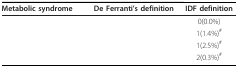
<table><thead><tr><td><b>Metabolic syndrome</b></td><td><b>De Ferranti's definition</b></td><td><b>IDF definition</b></td></tr></thead><tbody><tr><td>[EMPTY_CELL]</td><td>[EMPTY_CELL]</td><td>0(0.0%)</td></tr><tr><td>[EMPTY_CELL]</td><td>[EMPTY_CELL]</td><td>1(1.4%)<sup>#</sup></td></tr><tr><td>[EMPTY_CELL]</td><td>[EMPTY_CELL]</td><td>1(2.5%)<sup>#</sup></td></tr><tr><td>[EMPTY_CELL]</td><td>[EMPTY_CELL]</td><td>2(0.3%)<sup>#</sup></td></tr></tbody></table>